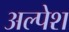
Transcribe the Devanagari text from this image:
अल्पेश